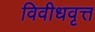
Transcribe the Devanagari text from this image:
विवीधवृत्त